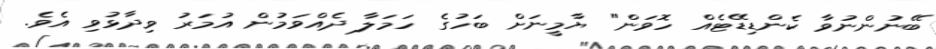
ބޭނުންނުވާ ކެންޑިޑޭޓެއް ހޮވަން" ޔާމީނަށް ބަހުގެ ހަމަލާ ދެއްވަމުން އުމަރު ވިދާޅުވި އެވެ.